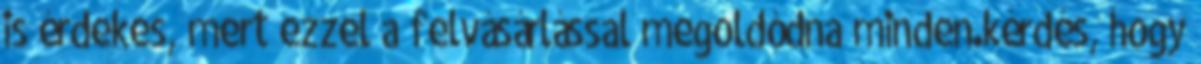
is érdekes, mert ezzel a felvásárlással megoldódna minden.kérdés, hogy